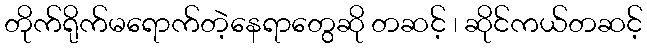
တိုက်ရိုက်မရောက်တဲ့နေရာတွေဆို တဆင့် ၊ ဆိုင်ကယ်တဆင့်